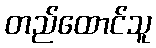
တည်ထောင်သူ